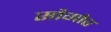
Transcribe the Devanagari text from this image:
सौगोर